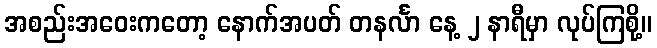
အစည်းအဝေးကတော့ နောက်အပတ် တနင်္လာ နေ့ ၂ နာရီမှာ လုပ်ကြစို့။